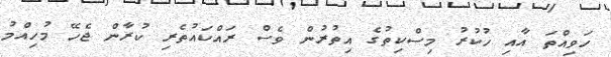
ހަވިއްތަ އާއި ހުކުރު މިސްކިތުގެ އިތުރުން ވެސް ރައްކައުތެރި ކުރާން ޖެހޭ މުހިއްމު